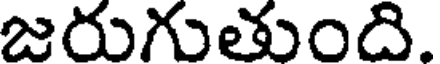
జరుగుతుంది.